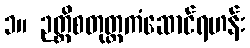
၁။ ဉတ္တိစတုတ္ထကံဆောင်ရဟန်း